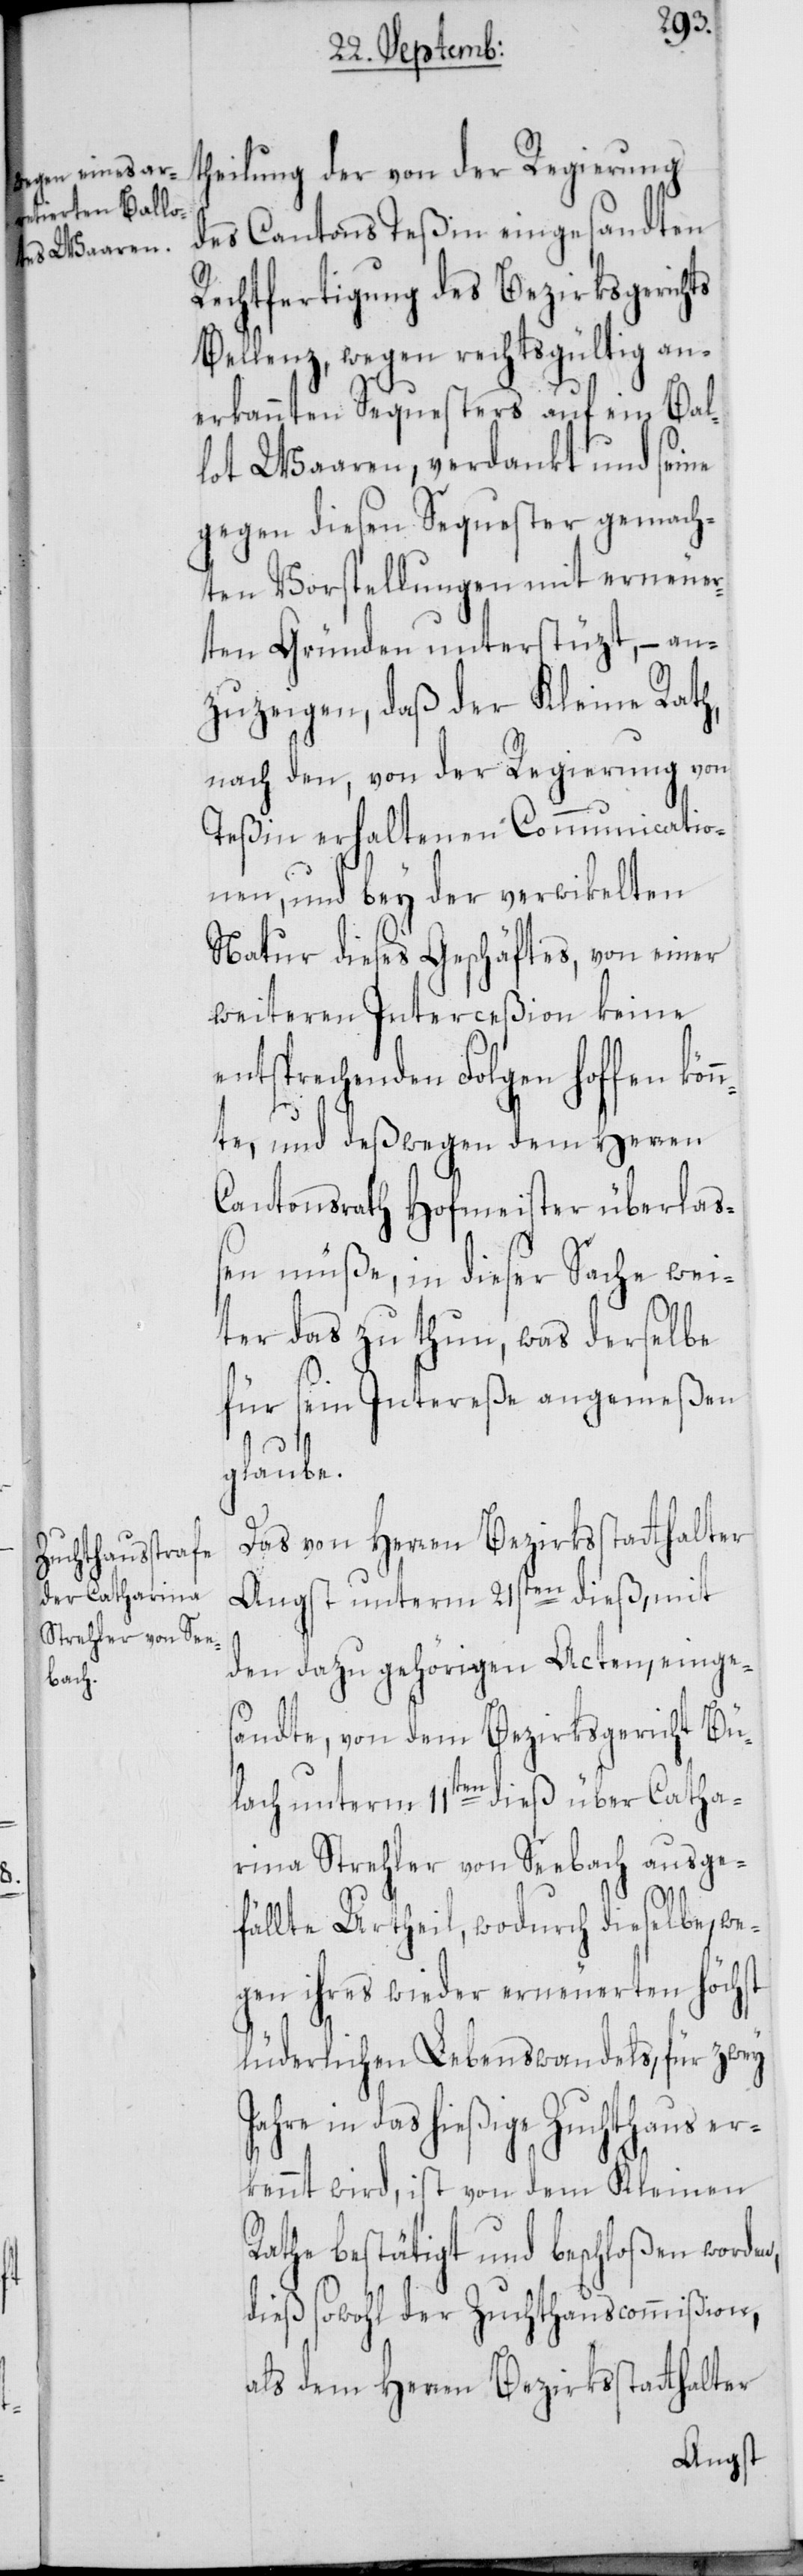
J¬
theilung der von der Regierung
des Cantons Teßin eingesandten
Rechtfertigung des Bezirksgerichts
Bellenz, wegen rechtsgültig an¬
erkannten Sequesters auf ein Bal¬
lot Waaren, verdankt und seine
gegen diesen Sequester gemach¬
ten Vorstellungen mit erneue¬
rten Gründen unterstüzt, – an¬
zuzeigen, daß der Kleine Rath
nach den, von der Regierung von
Teßin erhaltenen Communicatio¬
nen, und bey der verwikelten
Natur dieses Geschäftes, von einer
weiteren Interceßion keine
entsprechenden Folgen hoffen kön¬
nte, und deßwegen dem Herren
Cantonsrath Hofmeister überlaß¬
en müße, in dieser Sache wei¬
ter das zu thun, was derselbe
für sein Intereße angemeßen
glaube.
Das von Herren Bezirksstatthalter
Angst unterm 21sten dieß, mit
den dazu gehörigen Acten, einge¬
sandte, von dem Bezirksgericht Bü¬
lach unterm 11ten dieß über Catha¬
rina Strehler von Seebach ausge¬
fällte Urtheil, wodurch dieselbe, we¬
gen ihres wieder erneuerten höchst
lüderlichen Lebenswandels, für zwey
ahre in das hießige Zuchthaus er¬
kennt wird, ist von dem Kleinen
Rathe bestätigt und beschloßen worden,
dieß sowohl der Zuchthauscommißion,
als dem Herren Bezirksstatthalter